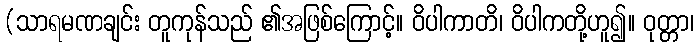
(သာရမဏချင်း တူကုန်သည် ၏အဖြစ်ကြောင့်။ ဝိပါကာတိ၊ ဝိပါကတို့ဟူ၍။ ဝုတ္တာ၊